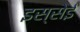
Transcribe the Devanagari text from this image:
इस्सेई